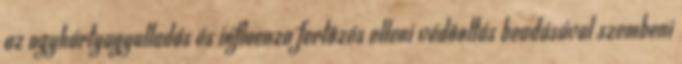
az agyhártyagyulladás és influenza fertõzés elleni védõoltás beadásával szembeni